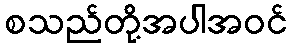
စသည်တို့အပါအဝင်